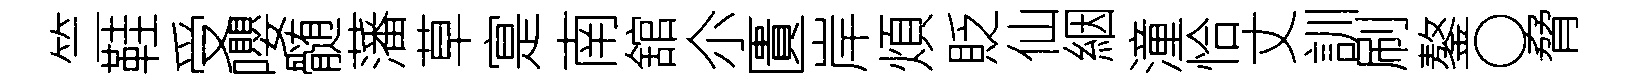
竺鞋受嚶髄藩草寔南舘尒匱岸煩貶仙絪潼恰丈訓刷鏊〇脅